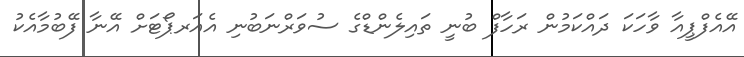
އޭއެފްޕީއާ ވާހަކަ ދައްކަމުން ރަހާފް ބުނީ ތައިލެންޑްގެ ސުވަރްނަބުނި އެއަރޕޯޓަށް އޭނާ ފޭބުމާއެކު